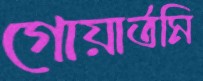
গোয়ার্তমি